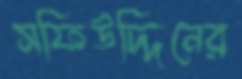
সফিউদ্দিনের